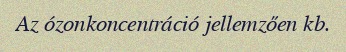
Az ózonkoncentráció jellemzően kb.